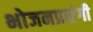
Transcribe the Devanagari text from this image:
भोजनप्रसंगी